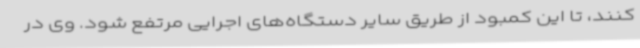
کنند، تا این کمبود از طریق سایر دستگاه‌های اجرایی مرتفع شود. وی در